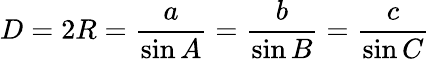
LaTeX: D=2R={\frac{a}{\sin A}}={\frac{b}{\sin B}}={\frac{c}{\sin C}}